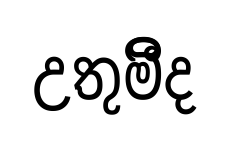
උතුමිීද